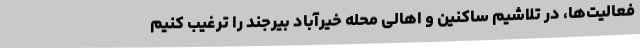
فعالیت‌ها، در تلاشیم ساکنین و اهالی محله خیرآباد بیرجند را ترغیب کنیم